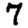
Digit: 7